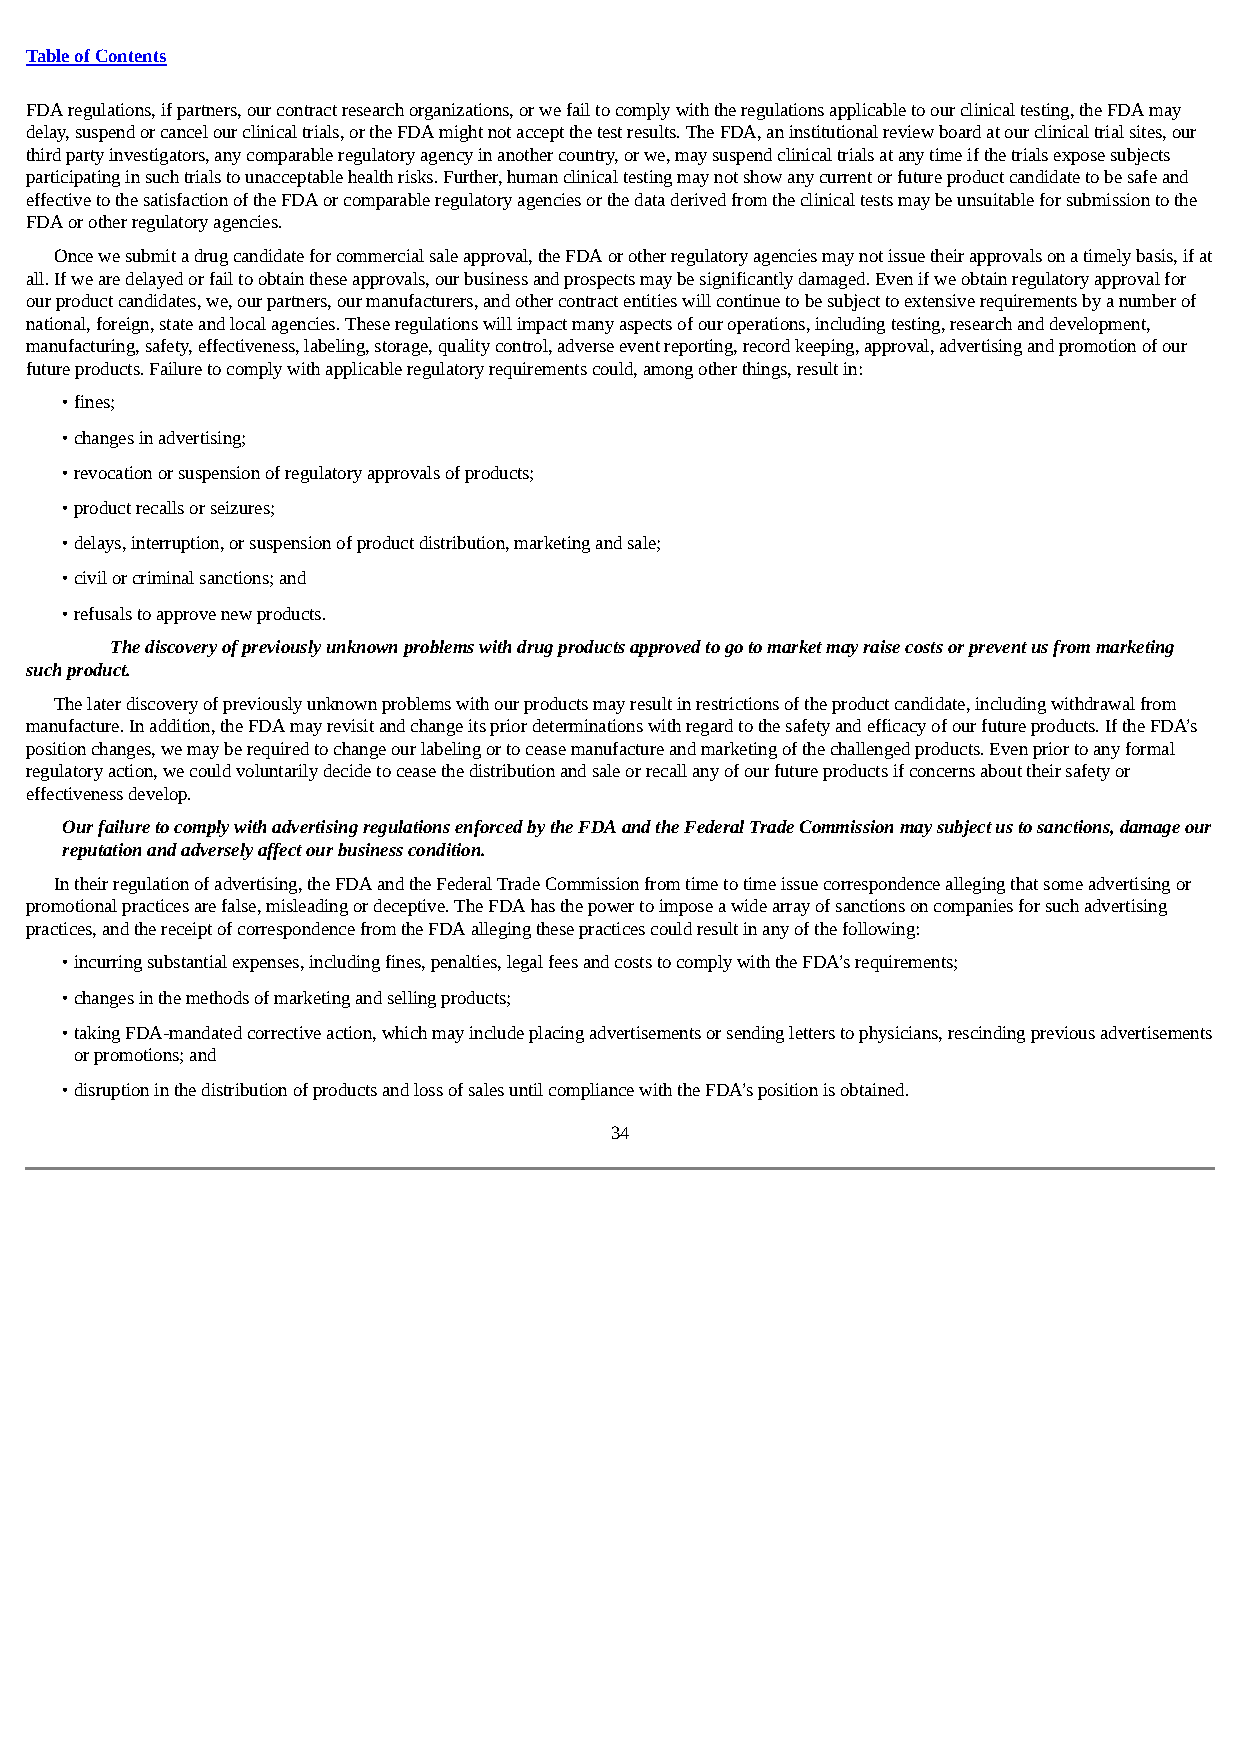
Table of Contents
 FDA regulations, if partners, our contract research organizations, or we fail to comply with the regulations applicable to our clinical testing, the FDA may
 delay, suspend or cancel our clinical trials, or the FDA might not accept the test results. The FDA, an institutional review board at our clinical trial sites, our
 third party investigators, any comparable regulatory agency in another country, or we, may suspend clinical trials at any time if the trials expose subjects
 participating in such trials to unacceptable health risks. Further, human clinical testing may not show any current or future product candidate to be safe and
 effective to the satisfaction of the FDA or comparable regulatory agencies or the data derived from the clinical tests may be unsuitable for submission to the
 FDA or other regulatory agencies.
 Once we submit a drug candidate for commercial sale approval, the FDA or other regulatory agencies may not issue their approvals on a timely basis, if at
 all. If we are delayed or fail to obtain these approvals, our business and prospects may be significantly damaged. Even if we obtain regulatory approval for
 our product candidates, we, our partners, our manufacturers, and other contract entities will continue to be subject to extensive requirements by a number of
 national, foreign, state and local agencies. These regulations will impact many aspects of our operations, including testing, research and development,
 manufacturing, safety, effectiveness, labeling, storage, quality control, adverse event reporting, record keeping, approval, advertising and promotion of our
 future products. Failure to comply with applicable regulatory requirements could, among other things, result in:
 • fines;
 • changes in advertising;
 • revocation or suspension of regulatory approvals of products;
 • product recalls or seizures;
 • delays, interruption, or suspension of product distribution, marketing and sale;
 • civil or criminal sanctions; and
 • refusals to approve new products.
 The discovery of previously unknown problems with drug products approved to go to market may raise costs or prevent us from marketing
 such product.
 The later discovery of previously unknown problems with our products may result in restrictions of the product candidate, including withdrawal from
 manufacture. In addition, the FDA may revisit and change its prior determinations with regard to the safety and efficacy of our future products. If the FDA’s
 position changes, we may be required to change our labeling or to cease manufacture and marketing of the challenged products. Even prior to any formal
 regulatory action, we could voluntarily decide to cease the distribution and sale or recall any of our future products if concerns about their safety or
 effectiveness develop.
 Our failure to comply with advertising regulations enforced by the FDA and the Federal Trade Commission may subject us to sanctions, damage our
 reputation and adversely affect our business condition.
 In their regulation of advertising, the FDA and the Federal Trade Commission from time to time issue correspondence alleging that some advertising or
 promotional practices are false, misleading or deceptive. The FDA has the power to impose a wide array of sanctions on companies for such advertising
 practices, and the receipt of correspondence from the FDA alleging these practices could result in any of the following:
 • incurring substantial expenses, including fines, penalties, legal fees and costs to comply with the FDA’s requirements;
 • changes in the methods of marketing and selling products;
 • taking FDA-mandated corrective action, which may include placing advertisements or sending letters to physicians, rescinding previous advertisements
 or promotions; and
 • disruption in the distribution of products and loss of sales until compliance with the FDA’s position is obtained.
 34